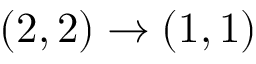
( 2 , 2 ) \rightarrow ( 1 , 1 )